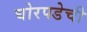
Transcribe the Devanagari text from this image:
घोरपडेची